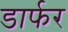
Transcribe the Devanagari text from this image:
डार्फर